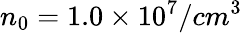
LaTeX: n_{0}=1.0\times 10^{7}/cm^{3}